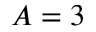
A = 3